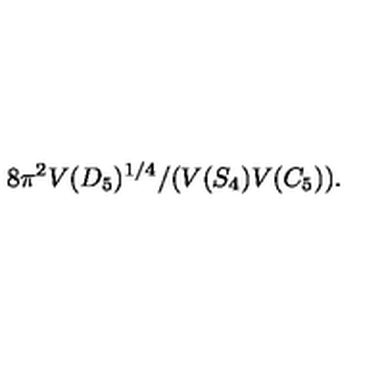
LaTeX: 8 \pi ^ { 2 } V ( D _ { 5 } ) ^ { 1 / 4 } / ( V ( S _ { 4 } ) V ( C _ { 5 } ) ) .